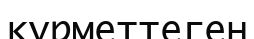
құрметтеген